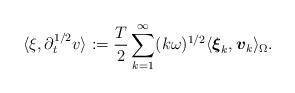
LaTeX: \begin{align*} \langle \xi,\partial_t^{1/2} v \rangle := \frac{T}{2} \sum_{k=1}^{\infty} (k \omega)^{1/2} \langle \boldsymbol{\xi}_k,\boldsymbol{v}_k \rangle_{\Omega}.\end{align*}